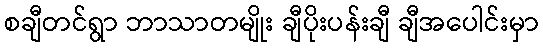
စချီတင်ရွာ ဘာသာတမျိုး ချီပိုးပန်းချီ ချီအပေါင်းမှာ